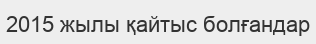
2015 жылы қайтыс болғандар